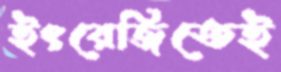
ইংরেজিতেই